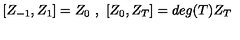
[ Z _ { - 1 } , Z _ { 1 } ] = Z _ { 0 } \ , \ [ Z _ { 0 } , Z _ { T } ] = d e g ( T ) Z _ { T } \,